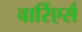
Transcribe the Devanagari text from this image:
वार्रिएर्स